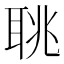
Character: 聎